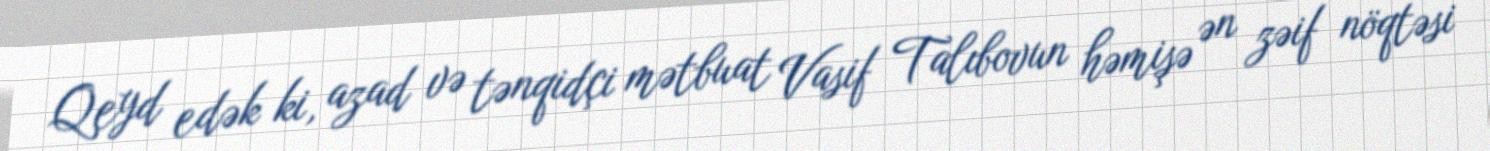
Qeyd edək ki, azad və tənqidçi mətbuat Vasif Talıbovun həmişə ən zəif nöqtəsi